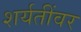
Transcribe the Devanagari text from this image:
शर्यतींवर